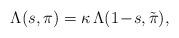
LaTeX: \begin{align*}\Lambda(s,\pi) = \kappa\, \Lambda(1\!-\!s,\tilde{\pi}),\end{align*}